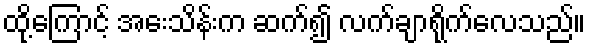
ထို့ကြောင့် အေးသိန်းက ဆက်၍ လက်ချာရိုက်လေသည်။